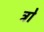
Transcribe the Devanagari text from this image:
ट्रो